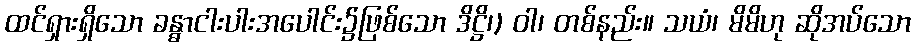
ထင်ရှားရှိသော ခန္ဓာငါးပါးအပေါင်း၌ဖြစ်သော ဒိဋ္ဌိ၊) ဝါ၊ တစ်နည်း။ သယံ၊ မိမိဟု ဆိုအပ်သော